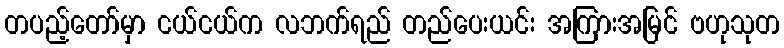
တပည့်တော်မှာ ငယ်ငယ်က လဘက်ရည် တည်ပေးယင်း အကြားအမြင် ဗဟုသုတ